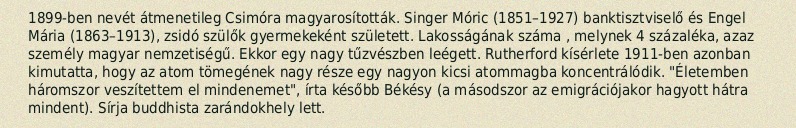
1899-ben nevét átmenetileg Csimóra magyarosították. Singer Móric (1851–1927) banktisztviselő és Engel Mária (1863–1913), zsidó szülők gyermekeként született. Lakosságának száma , melynek 4 százaléka, azaz személy magyar nemzetiségű. Ekkor egy nagy tűzvészben leégett. Rutherford kísérlete 1911-ben azonban kimutatta, hogy az atom tömegének nagy része egy nagyon kicsi atommagba koncentrálódik. "Életemben háromszor veszítettem el mindenemet", írta később Békésy (a másodszor az emigrációjakor hagyott hátra mindent). Sírja buddhista zarándokhely lett.